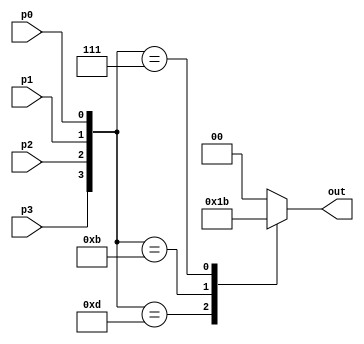
module Encoder4to2(input p0, p1, p2, p3, output reg [1:0] out);

always @(*) begin
    case ({p3, p2, p1, p0})
        4'b1110: out = 2'b00;
        4'b1101: out = 2'b01;
        4'b1011: out = 2'b10;
        4'b0111: out = 2'b11;
        default: out = 2'b00; // check z or x value aswell.
    endcase
end

endmodule